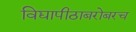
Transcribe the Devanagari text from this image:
विद्यापीठाबरोबरच